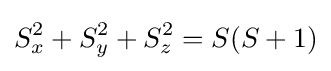
S_{x}^{2}+S_{y}^{2}+S_{z}^{2}=S(S+1)